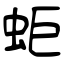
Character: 蚷